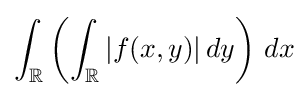
\int _{\mathbb {R} }\left(\int _{\mathbb {R} }|f(x,y)|\,dy\right)\,dx